Vaccination in Bombay 1889-1901 - 1889-1901
Year: 1889
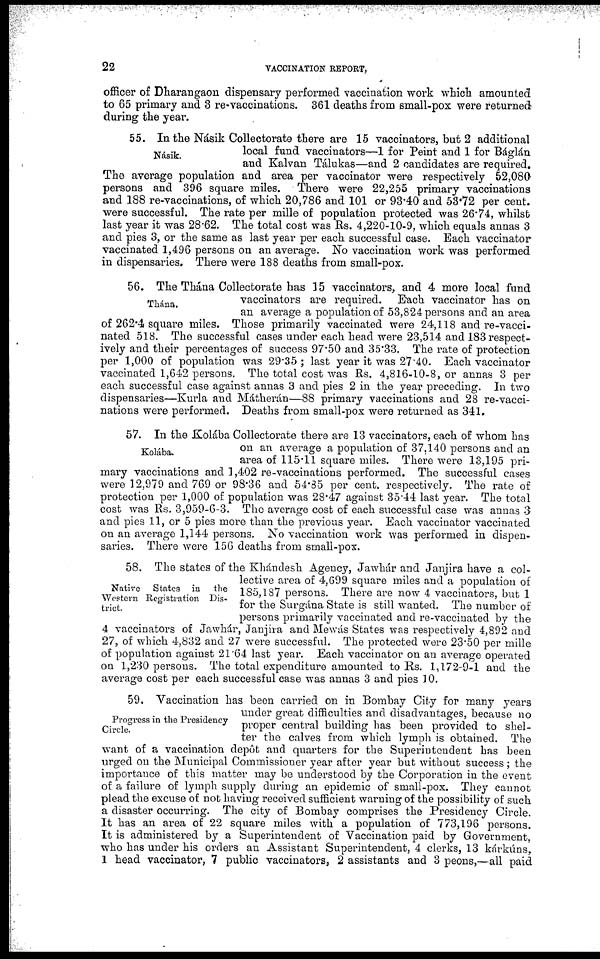
22
VACCINATION REPORT,
officer of Dharangaon dispensary performed vaccination work which amounted
to 65 primary and 3 re-vaccinations. 361 deaths from small-pox were returned
during the year.
Násik.
55. In the Násik Collectorate there are 15 vaccinators, but 2 additional
local fund vaccinators—1 for Peint and 1 for Báglán
and Kalvan Tálukas—and 2 candidates are required.
The average population and area per vaccinator were respectively 52,080
persons and 396 square miles. There were 22,255 primary vaccinations
and 188 re-vaccinations, of which 20,786 and 101 or 93.40 and 53.72 per cent.
were successful. The rate per mille of population protected was 26.74, whilst
last year it was 28.62. The total cost was Rs. 4,220-10-9, which equals annas 3
and pies 3, or the same as last year per each successful case. Each vaccinator
vaccinated 1,496 persons on an average. No vaccination work was performed
in dispensaries. There were 188 deaths from small-pox.
Thána.
56. The Thána Collectorate has 15 vaccinators, and 4 more local fund
vaccinators are required. Each vaccinator has on
an average a population of 53,824 persons and an area
of 262.4 square miles. Those primarily vaccinated were 24,118 and re-vacci-
nated 518. The successful cases under each head were 23,514 and 183 respect-
ively and their percentages of success 97.50 and 35.33. The rate of protection
per 1,000 of population was 29.35 ; last year it was 27.40. Each vaccinator
vaccinated 1,642 persons. The total cost was Rs. 4,816-10-8, or annas 3 per
each successful case against annas 3 and pies 2 in the year preceding. In two
dispensaries—Kurla and Mátherán—88 primary vaccinations and 28 re-vacci-
nations were performed. Deaths from small-pox were returned as 341.
Kolába.
57. In the Kolába Collectorate there are 13 vaccinators, each of whom has
on an average a population of 37,140 persons and an
area of 115.11 square miles. There were 13,195 pri-
mary vaccinations and 1,402 re-vaccinations performed. The successful cases
were 12,979 and 769 or 98.36 and 54.85 per cent. respectively. The rate of
protection per 1,000 of population was 28.47 against 35.44 last year. The total
cost was Rs. 3,959-6-3. The average cost of each successful case was annas 3
and pies 11, or 5 pies more than the previous year. Each vaccinator vaccinated
on an average 1,144 persons. No vaccination work was performed in dispen-
saries. There were 156 deaths from small-pox.
Native States in the
Western Registration Dis-
trict.
58. The states of the Khándesh Agency, Jawhár and Janjira have a col-
lective area of 4,699 square miles and a population of
185,187 persons. There are now 4 vaccinators, but 1
for the Surgána State is still wanted. The number of
persons primarily vaccinated and re-vaccinated by the
4 vaccinators of Jawhár, Janjira and Mewás States was respectively 4,892 and
27, of which 4,832 and 27 were successful. The protected were 23.50 per mille
of population against 21.64 last year. Each vaccinator on an average operated
on 1,230 persons. The total expenditure amounted to Rs. 1,172-9-1 and the
average cost per each successful case was annas 3 and pies 10.
Progress in the Presidency
Circle.
59. Vaccination has been carried on in Bombay City for many years
under great difficulties and disadvantages, because no
proper central building has been provided to shel-
ter the calves from which lymph is obtained. The
want of a vaccination depôt and quarters for the Superintendent has been
urged on the Municipal Commissioner year after year but without success; the
importance of this matter may be understood by the Corporation in the event
of a failure of lymph supply during an epidemic of small-pox. They cannot
plead the excuse of not having received sufficient warning of the possibility of such
a disaster occurring. The city of Bombay comprises the Presidency Circle.
It has an area of 22 square miles with a population of 773,196 persons.
It is administered by a Superintendent of Vaccination paid by Government,
who has under his orders an Assistant Superintendent, 4 clerks, 13 kárkúns,
1 head vaccinator, 7 public vaccinators, 2 assistants and 3 peons,—all paid